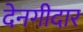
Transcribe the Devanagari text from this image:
देनगीदार